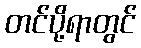
တင်ပို့ရာတွင်